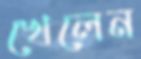
খেলেন